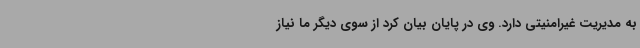
به مدیریت غیرامنیتی دارد. وی در پایان بیان کرد از سوی دیگر ما نیاز